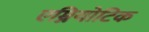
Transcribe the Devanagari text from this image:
एम्नियोटिक